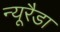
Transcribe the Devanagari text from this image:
न्यूरैडा